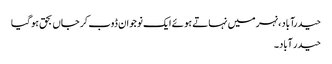
حیدرآباد، نہر میں نہاتے ہو ئے ایک نوجوان ڈوب کر جاں بحق ہو گیا
حیدر آباد۔